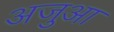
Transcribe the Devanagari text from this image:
अजुआ